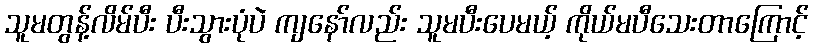
သူမတွန့်လိမ်ပီး ပီးသွားပုံပဲ ကျနော်လည်း သူမပီးပေမယ့် ကိုယ်မပီသေးတာကြောင့်